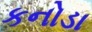
કનોડા